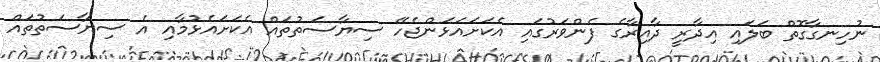
ނުހިނގާގޮތް ބަލައި އިދާރީ ދާއިރާގެ ފެންވަރުގައި އެކަށައަޅަންޖެހޭ ސިޔާސަތުތައް އެކަށައެޅުމާއި އެ ސިޔާސަތުތައް